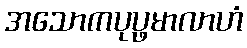
အသောကပုပ္ဖမာလာဟံ